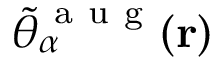
\tilde { \theta } _ { \alpha } ^ { \mathrm { ~ a ~ u ~ g ~ } } ( \mathbf { r } )